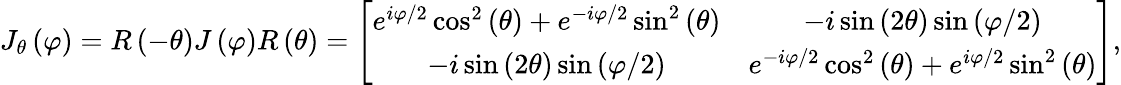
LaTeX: J_{\theta}\left(\varphi\right)=R\left(-\theta\right)J\left(\varphi\right)R\left(\theta\right)=\left[\begin{array}{cc}{e^{i\varphi/2}\cos^{2}\left(\theta\right)+e^{-i\varphi/2}\sin^{2}\left(\theta\right)}&{-i\sin\left(2\theta\right)\sin\left(\varphi/2\right)}\\ {-i\sin\left(2\theta\right)\sin\left(\varphi/2\right)}&{e^{-i\varphi/2}\cos^{2}\left(\theta\right)+e^{i\varphi/2}\sin^{2}\left(\theta\right)}\end{array}\right],